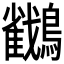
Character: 𪇲